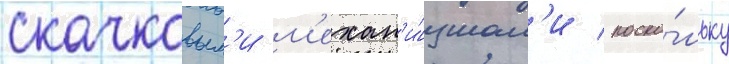
скачковым'и м'ехан'и́змам'и / поско́льку